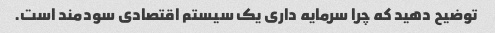
توضیح دهید که چرا سرمایه داری یک سیستم اقتصادی سودمند است.